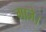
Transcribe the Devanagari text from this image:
गाजे।